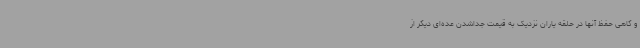
و گاهی حفظ آنها در حلقه یاران نزدیک به قیمت جداشدن عده‌ای دیگر از